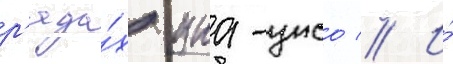
р'яда́х уна-унсо // И́